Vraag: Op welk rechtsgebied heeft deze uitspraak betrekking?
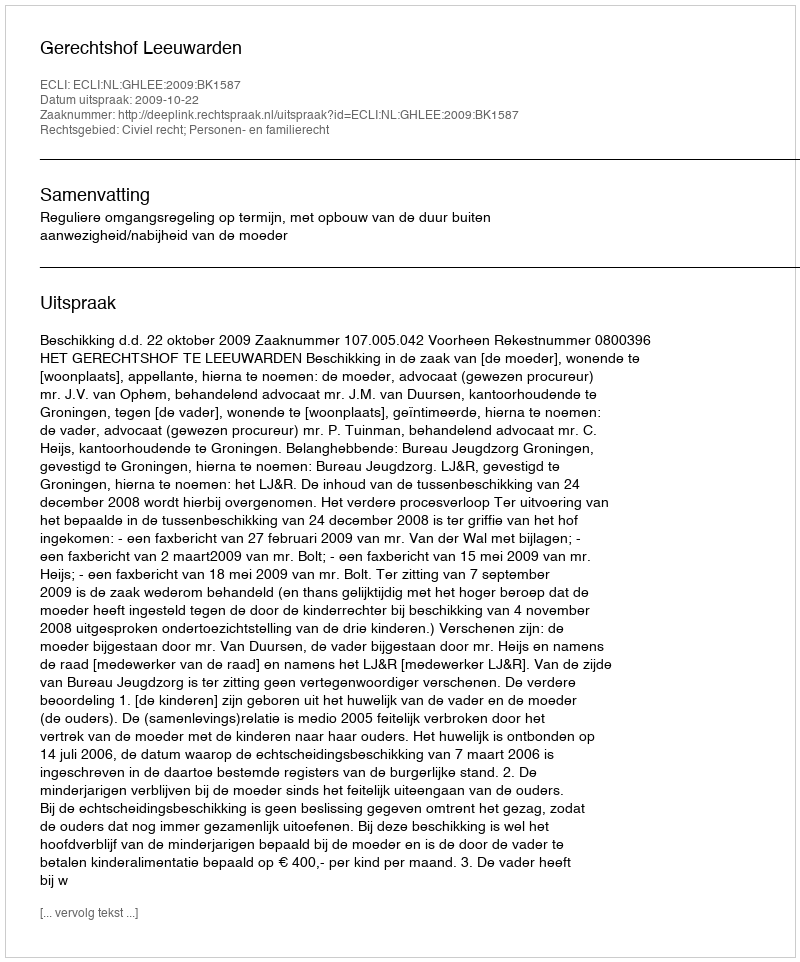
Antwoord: Civiel recht; Personen- en familierecht